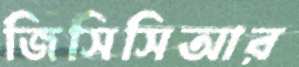
জিসিসিআর